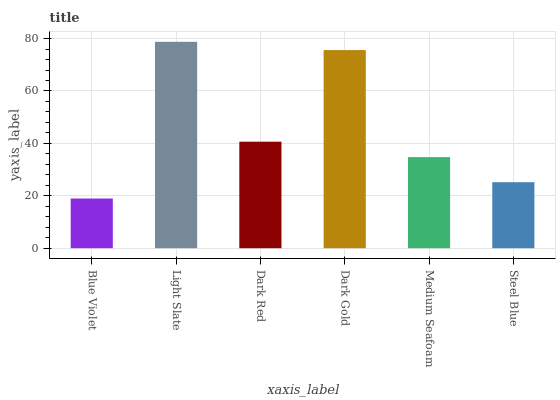
| xaxis_label | bars |
 | --- | --- |
 | Blue Violet | 19 |
 | Light Slate | 78.8 |
 | Dark Red | 40.6 |
 | Dark Gold | 75.6 |
 | Medium Seafoam | 34.8 |
 | Steel Blue | 25.2 |